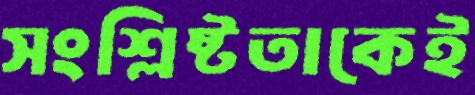
সংশ্লিষ্টতাকেই